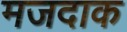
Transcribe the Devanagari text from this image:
मजदाक